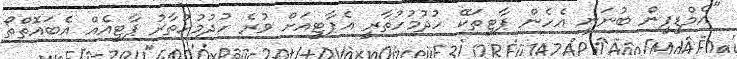
"އެމްޑީޕީން ބުނަނީ އެހެން ޕާޓީތަކޭ ހުދުމުހުތާރީ އެޕާޓީއަށް ވުރެ ހުދުމުހުތާރު ޕާޓީއެއް އެބައޮތްތޯ